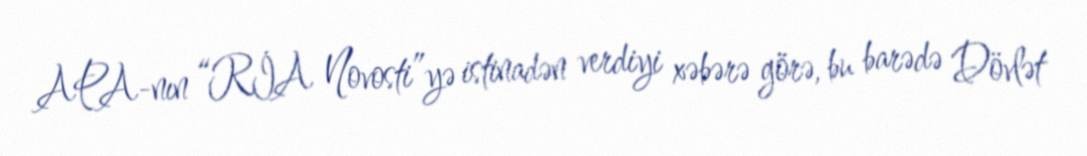
APA-nın “RİA Novosti”yə istinadən verdiyi xəbərə görə, bu barədə Dövlət